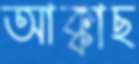
আক্কাছ